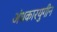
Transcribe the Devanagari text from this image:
अंधकारयुगीन